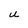
Character: S